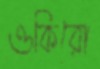
ওকিরো